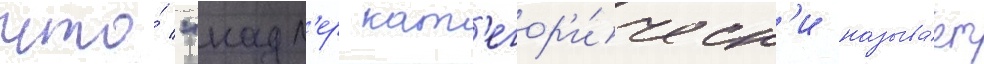
что́ "надл'ер кат'егор'и́ческ'и называ́ет